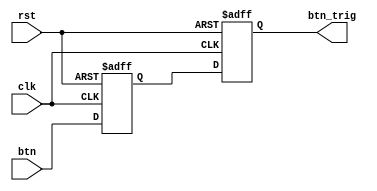

module oneshot_universal(clk, rst, btn, btn_trig);

parameter WIDTH = 1;
input clk, rst, btn;
reg [WIDTH-1 :0] btn_reg;
output reg [WIDTH-1 :0] btn_trig;

always @(negedge rst or posedge clk) begin
    if(!rst) begin
        btn_reg <= {WIDTH{1'b0}};
        btn_trig <= {WIDTH{1'b0}};
    end
    else begin
        btn_reg <= btn;
        btn_trig <= btn_reg; //no oneshot
        //btn_trig <= btn & ~btn_reg;//oneshot
    end
end
endmodule